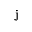
\mathrm { j }